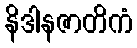
နိဒါနဇာတိကံ